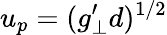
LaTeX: u_{p}=(g_{\perp}^{\prime}d)^{1/2}